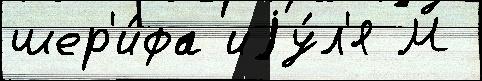
шер'и́фа иjу́л'я М